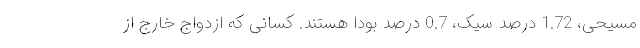
مسیحی، 1.72 درصد سیک، 0.7 درصد بودا هستند. کسانی که ازدواج خارج از